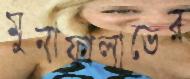
মুনাফালাভের